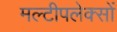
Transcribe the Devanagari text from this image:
मल्टीपलेक्सों